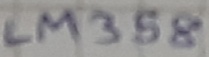
Text: LM358